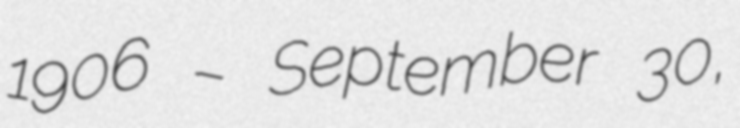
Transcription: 1906 – September 30,